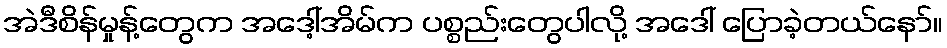
အဲဒီစိန်မှုန့်တွေက အဒေါ့်အိမ်က ပစ္စည်းတွေပါလို့ အဒေါ် ပြောခဲ့တယ်နော်။